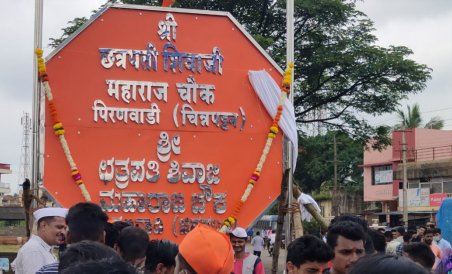
Language: marathi
Transcription: शिवाजी छत्रपती महाराज श्री चौक चित्रपट्ठन पिरणवाडी